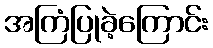
အကြံပြုခဲ့ကြောင်း